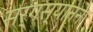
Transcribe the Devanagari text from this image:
सर्गस्यानने